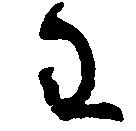
わ